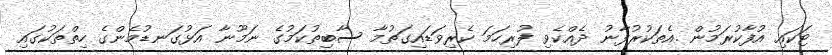
ޓަކައި އުފާކުރަމުން .އެތަކުރުފާނު ދެއްކެވި ފުރިހަމަ ކެރިވަޑައިގަތުމާ ސާބިތުކަމުގެ ނަމޫނާ އަޅުގަނޑުމެންގެ ހިތްތަކުގައި